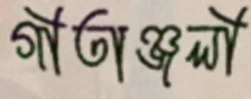
গীতাঞ্জলী